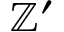
\mathbb { Z } ^ { \prime }